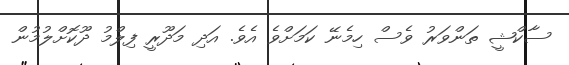
ސާކްޝީ ތަންވަރު ވެސް ހިމެނޭ ކަމަށްވެ އެވެ. އަދި މަދޫރީ ފިލްމު ދޫކޮށްލުމުން